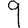
Digit: 9